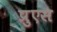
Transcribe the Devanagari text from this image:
प्रुएस